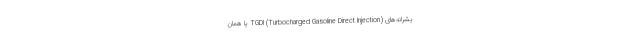
یشرانه‌های (TGDI (Turbocharged Gasoline Direct Injection یا همان